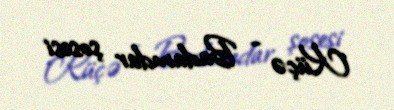
Küçə - Badamdar şosesi